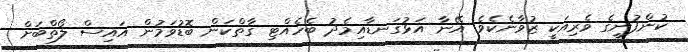
ކުންފުނީގެ ވެރިއަކީ ޒުވާނެކެވެ. އޭނާ އަޅުގަނޑާއިމެދު ބެހެއްޓި ގާތްކަން ބޮޑުވަމުން އައިސް ލޯތްބަށް